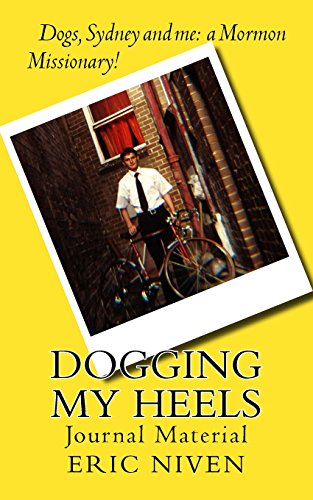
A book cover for Dogging My Heels: Journal Material; Eric Niven; Humor & Entertainment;